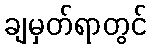
ချမှတ်ရာတွင်